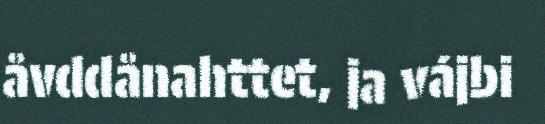
åvddånahttet, ja vájbi